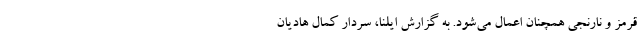
قرمز و نارنجی همچنان اعمال می‌شود. به گزارش ایلنا، سردار کمال هادیان